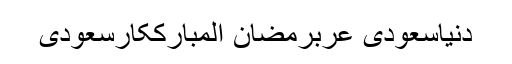
دنیاسعودی عربرمضان المبارککارسعودی